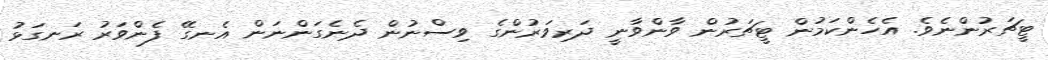
ޓީޗަރުންނެވެ. އެހެންކަމުން ޓީޗަރުން ވާންވާނީ ދަރިވަރުންގެ ވިސްނުން ދެނެގަންނަން އެނގޭ ފެންވަރު ރަނގަޅު